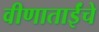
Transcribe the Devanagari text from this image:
वीणाताईंचे